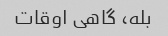
بله، گاهی اوقات